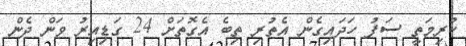
ކުރިމަތީ ސަފު ހަދައިގެން އެތުރި ތިބެ އެގޮތަށް 24 ގަޑިިއިރު ވަން ދެން